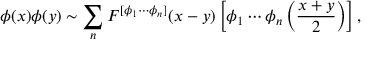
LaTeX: \phi ( x ) \phi ( y ) \sim \sum _ { n } F ^ { [ \phi _ { 1 } \cdots \phi _ { n } ] } ( x - y ) \left[ \phi _ { 1 } \cdots \phi _ { n } \left( { \frac { x + y } { 2 } } \right) \right] ,